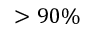
> 9 0 \%